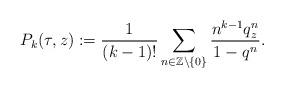
LaTeX: \begin{align*} P_k (\tau ,z):= \frac{1}{(k-1)!} \sum_{n\in \mathbb{Z}\setminus \{0\}} \frac{n^{k-1} {q}_z^{n}}{1- q^n}. \end{align*}